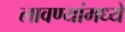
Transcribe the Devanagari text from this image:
लावण्यांमध्ये